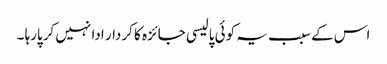
اس کے سبب یہ کوئی پالیسی جائزہ کا کردار ادا نہیں کرپارہا ۔